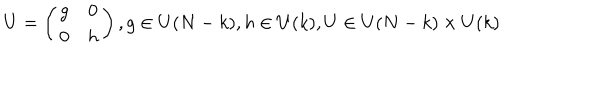
U = \left( \begin{array} { c c } { { g } } & { { 0 } } \\ { { 0 } } & { { h } } \\ \end{array} \right) , g \in U ( N - k ) , h \in U ( k ) , U \in U ( N - k ) \times U ( k )